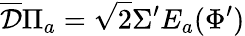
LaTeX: \overline{{{\mathcal D}}}\Pi_{a}=\sqrt 2\Sigma^{\prime}E_{a}(\Phi^{\prime})